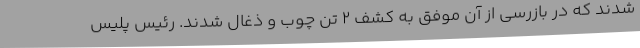
شدند که در بازرسی از آن موفق به کشف 2 تن چوب و ذغال شدند. رئیس پلیس